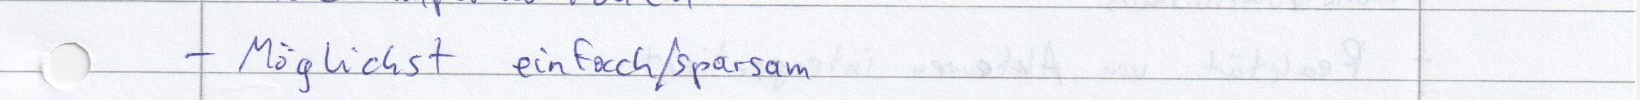
- Möglichst einfach / sparsam